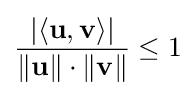
{\frac {|\langle \mathbf {u} ,\mathbf {v} \rangle |}{\|\mathbf {u} \|\cdot \|\mathbf {v} \|}}\leq 1